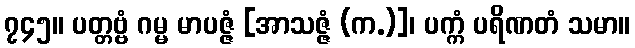
၇၄၅။ ပတ္တဗ္ဗံ ဂမ္မ မာပဇ္ဇံ [အာသဇ္ဇံ (က.)]၊ ပက္ကံ ပရိဏတံ သမာ။